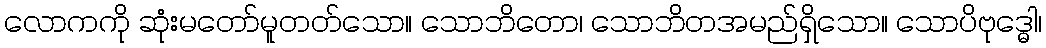
လောကကို ဆုံးမတော်မူတတ်သော။ သောဘိတော၊ သောဘိတအမည်ရှိသော။ သောပိဗုဒ္ဓေါ၊